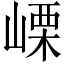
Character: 㟳